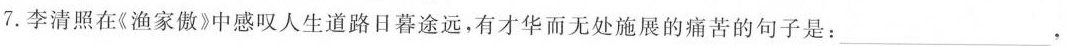
7.李清照在《渔家傲》中感叹人生道路日暮途远，有才华而无处施展的痛苦的句子是：\underline，